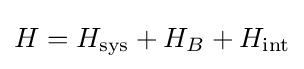
H=H_{\mathrm {sys} }+H_{B}+H_{\mathrm {int} }